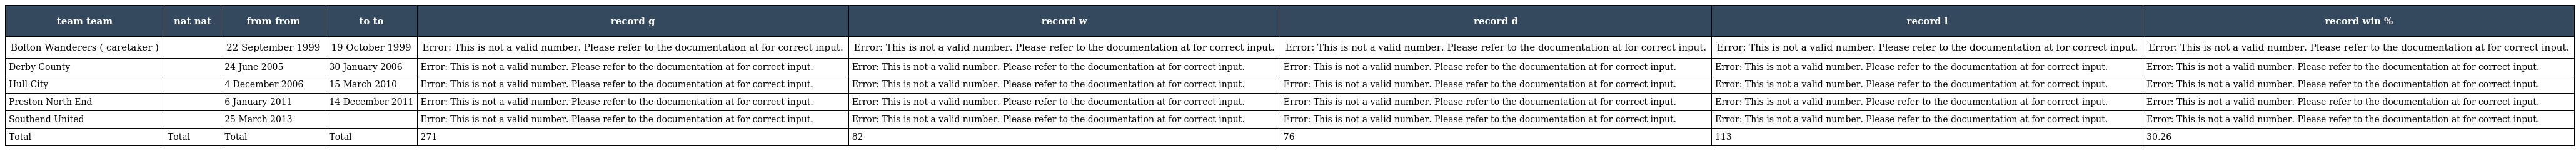
| team team | nat nat | from from | to to | record g | record w | record d | record l | record win % |
 | --- | --- | --- | --- | --- | --- | --- | --- | --- |
 | Bolton Wanderers ( caretaker ) |  | 22 September 1999 | 19 October 1999 | Error: This is not a valid number. Please refer to the documentation at for correct input. | Error: This is not a valid number. Please refer to the documentation at for correct input. | Error: This is not a valid number. Please refer to the documentation at for correct input. | Error: This is not a valid number. Please refer to the documentation at for correct input. | Error: This is not a valid number. Please refer to the documentation at for correct input. |
 | Derby County |  | 24 June 2005 | 30 January 2006 | Error: This is not a valid number. Please refer to the documentation at for correct input. | Error: This is not a valid number. Please refer to the documentation at for correct input. | Error: This is not a valid number. Please refer to the documentation at for correct input. | Error: This is not a valid number. Please refer to the documentation at for correct input. | Error: This is not a valid number. Please refer to the documentation at for correct input. |
 | Hull City |  | 4 December 2006 | 15 March 2010 | Error: This is not a valid number. Please refer to the documentation at for correct input. | Error: This is not a valid number. Please refer to the documentation at for correct input. | Error: This is not a valid number. Please refer to the documentation at for correct input. | Error: This is not a valid number. Please refer to the documentation at for correct input. | Error: This is not a valid number. Please refer to the documentation at for correct input. |
 | Preston North End |  | 6 January 2011 | 14 December 2011 | Error: This is not a valid number. Please refer to the documentation at for correct input. | Error: This is not a valid number. Please refer to the documentation at for correct input. | Error: This is not a valid number. Please refer to the documentation at for correct input. | Error: This is not a valid number. Please refer to the documentation at for correct input. | Error: This is not a valid number. Please refer to the documentation at for correct input. |
 | Southend United |  | 25 March 2013 |  | Error: This is not a valid number. Please refer to the documentation at for correct input. | Error: This is not a valid number. Please refer to the documentation at for correct input. | Error: This is not a valid number. Please refer to the documentation at for correct input. | Error: This is not a valid number. Please refer to the documentation at for correct input. | Error: This is not a valid number. Please refer to the documentation at for correct input. |
 | Total | Total | Total | Total | 271 | 82 | 76 | 113 | 30.26 |